画像に写った文字を読んでください
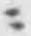
「ニ」と書いてあります